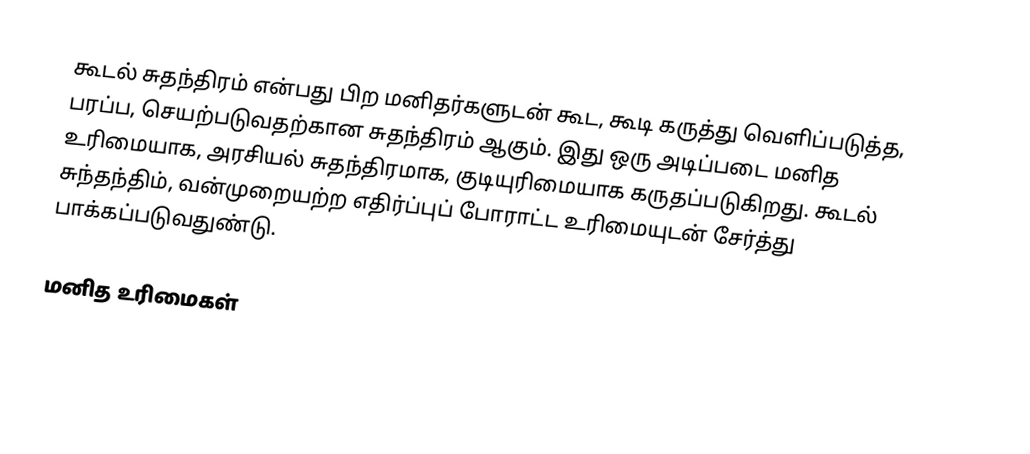
கூடல் சுதந்திரம் என்பது பிற மனிதர்களுடன் கூட, கூடி கருத்து வெளிப்படுத்த, பரப்ப, செயற்படுவதற்கான சுதந்திரம் ஆகும்.  இது ஒரு அடிப்படை மனித  உரிமையாக, அரசியல் சுதந்திரமாக, குடியுரிமையாக கருதப்படுகிறது.  கூடல் சுந்தந்திம், வன்முறையற்ற எதிர்ப்புப் போராட்ட உரிமையுடன் சேர்த்து பாக்கப்படுவதுண்டு.

மனித உரிமைகள்